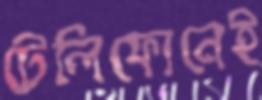
টেলিফোনেই